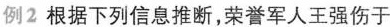
例2 根据下列信息推断，荣誉军人王强伤于